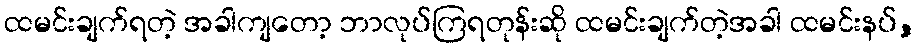
ထမင်းချက်ရတဲ့ အခါကျတော့ ဘာလုပ်ကြရတုန်းဆို ထမင်းချက်တဲ့အခါ ထမင်းနပ်,